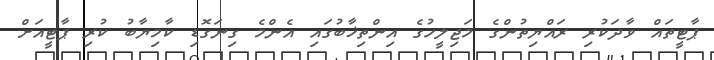
ޕާޓީތައް ވާދަކުރި ރައްޔިތުންގެ މަޖިލީހުގެ އިންތިޚާބުގައި އެންމެ ގިނަގޮޑި ކާމިޔާބު ކުރި ޕާޓީއަށް